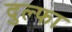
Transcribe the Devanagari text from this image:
दुल्‍फा